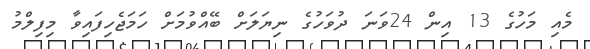
މެއި މަހުގެ 13 އިން 24ވަނަ ދުވަހުގެ ނިޔަލަށް ބޭއްވުމަށް ހަމަޖެހިފައިވާ މިފިލްމު